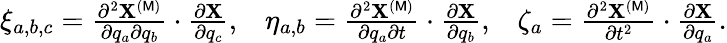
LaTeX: \begin{array}{lll}{\xi_{a,b,c}=\frac{\partial^{2}{\mathbf X}^{(\mathsf{M})}}{\partial q_{a}\partial q_{b}}\cdot\frac{\partial{\mathbf X}}{\partial q_{c}},}&{\eta_{a,b}=\frac{\partial^{2}{\mathbf X}^{(\mathsf{M})}}{\partial q_{a}\partial t}\cdot\frac{\partial{\mathbf X}}{\partial q_{b}},}&{\zeta_{a}=\frac{\partial^{2}{\mathbf X}^{(\mathsf{M})}}{\partial t^{2}}\cdot\frac{\partial{\mathbf X}}{\partial q_{a}}.}\end{array}